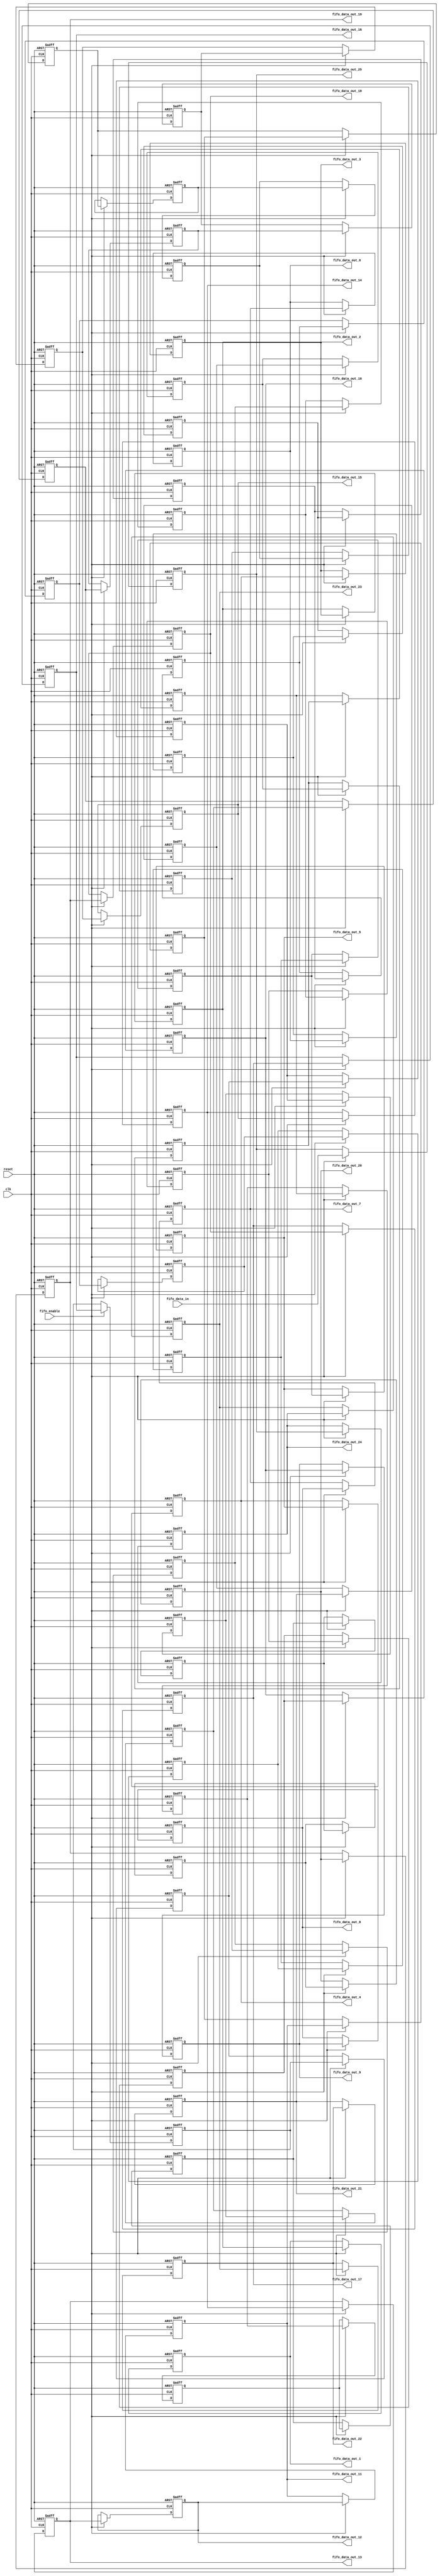
`timescale 1ns / 1ps


module 
 FIFO_25_1_61 #(parameter
///////////advanced parameters//////////
	DATA_WIDTH 					= 32,
///////////architecture parameters//////
	IFM_SIZE 					= 14,
	KERNAL_SIZE 				= 5,
///////////generated parameters/////////
	FIFO_SIZE               	= (KERNAL_SIZE-1)*IFM_SIZE + KERNAL_SIZE            

	)(
	input clk,
	input reset,
	input fifo_enable,
	input [DATA_WIDTH-1:0] fifo_data_in,
	output [DATA_WIDTH-1:0] fifo_data_out_1,
	output [DATA_WIDTH-1:0] fifo_data_out_2,
	output [DATA_WIDTH-1:0] fifo_data_out_3,
	output [DATA_WIDTH-1:0] fifo_data_out_4,
	output [DATA_WIDTH-1:0] fifo_data_out_5,
	output [DATA_WIDTH-1:0] fifo_data_out_6,
	output [DATA_WIDTH-1:0] fifo_data_out_7,
	output [DATA_WIDTH-1:0] fifo_data_out_8,
	output [DATA_WIDTH-1:0] fifo_data_out_9,
	output [DATA_WIDTH-1:0] fifo_data_out_10,
	output [DATA_WIDTH-1:0] fifo_data_out_11,
	output [DATA_WIDTH-1:0] fifo_data_out_12,
	output [DATA_WIDTH-1:0] fifo_data_out_13,
	output [DATA_WIDTH-1:0] fifo_data_out_14,
	output [DATA_WIDTH-1:0] fifo_data_out_15,
	output [DATA_WIDTH-1:0] fifo_data_out_16,
	output [DATA_WIDTH-1:0] fifo_data_out_17,
	output [DATA_WIDTH-1:0] fifo_data_out_18,
	output [DATA_WIDTH-1:0] fifo_data_out_19,
	output [DATA_WIDTH-1:0] fifo_data_out_20,
	output [DATA_WIDTH-1:0] fifo_data_out_21,
	output [DATA_WIDTH-1:0] fifo_data_out_22,
	output [DATA_WIDTH-1:0] fifo_data_out_23,
	output [DATA_WIDTH-1:0] fifo_data_out_24,
	output [DATA_WIDTH-1:0] fifo_data_out_25
	);
	reg	[DATA_WIDTH-1:0] FIFO  [FIFO_SIZE-1:0] ;
	always @ (posedge clk or posedge reset)
    begin
        if(reset)
		begin
			FIFO[0] <= {DATA_WIDTH{1'b0}};
			FIFO[1] <= {DATA_WIDTH{1'b0}};
			FIFO[2] <= {DATA_WIDTH{1'b0}};
			FIFO[3] <= {DATA_WIDTH{1'b0}};
			FIFO[4] <= {DATA_WIDTH{1'b0}};
			FIFO[5] <= {DATA_WIDTH{1'b0}};
			FIFO[6] <= {DATA_WIDTH{1'b0}};
			FIFO[7] <= {DATA_WIDTH{1'b0}};
			FIFO[8] <= {DATA_WIDTH{1'b0}};
			FIFO[9] <= {DATA_WIDTH{1'b0}};
			FIFO[10] <= {DATA_WIDTH{1'b0}};
			FIFO[11] <= {DATA_WIDTH{1'b0}};
			FIFO[12] <= {DATA_WIDTH{1'b0}};
			FIFO[13] <= {DATA_WIDTH{1'b0}};
			FIFO[14] <= {DATA_WIDTH{1'b0}};
			FIFO[15] <= {DATA_WIDTH{1'b0}};
			FIFO[16] <= {DATA_WIDTH{1'b0}};
			FIFO[17] <= {DATA_WIDTH{1'b0}};
			FIFO[18] <= {DATA_WIDTH{1'b0}};
			FIFO[19] <= {DATA_WIDTH{1'b0}};
			FIFO[20] <= {DATA_WIDTH{1'b0}};
			FIFO[21] <= {DATA_WIDTH{1'b0}};
			FIFO[22] <= {DATA_WIDTH{1'b0}};
			FIFO[23] <= {DATA_WIDTH{1'b0}};
			FIFO[24] <= {DATA_WIDTH{1'b0}};
			FIFO[25] <= {DATA_WIDTH{1'b0}};
			FIFO[26] <= {DATA_WIDTH{1'b0}};
			FIFO[27] <= {DATA_WIDTH{1'b0}};
			FIFO[28] <= {DATA_WIDTH{1'b0}};
			FIFO[29] <= {DATA_WIDTH{1'b0}};
			FIFO[30] <= {DATA_WIDTH{1'b0}};
			FIFO[31] <= {DATA_WIDTH{1'b0}};
			FIFO[32] <= {DATA_WIDTH{1'b0}};
			FIFO[33] <= {DATA_WIDTH{1'b0}};
			FIFO[34] <= {DATA_WIDTH{1'b0}};
			FIFO[35] <= {DATA_WIDTH{1'b0}};
			FIFO[36] <= {DATA_WIDTH{1'b0}};
			FIFO[37] <= {DATA_WIDTH{1'b0}};
			FIFO[38] <= {DATA_WIDTH{1'b0}};
			FIFO[39] <= {DATA_WIDTH{1'b0}};
			FIFO[40] <= {DATA_WIDTH{1'b0}};
			FIFO[41] <= {DATA_WIDTH{1'b0}};
			FIFO[42] <= {DATA_WIDTH{1'b0}};
			FIFO[43] <= {DATA_WIDTH{1'b0}};
			FIFO[44] <= {DATA_WIDTH{1'b0}};
			FIFO[45] <= {DATA_WIDTH{1'b0}};
			FIFO[46] <= {DATA_WIDTH{1'b0}};
			FIFO[47] <= {DATA_WIDTH{1'b0}};
			FIFO[48] <= {DATA_WIDTH{1'b0}};
			FIFO[49] <= {DATA_WIDTH{1'b0}};
			FIFO[50] <= {DATA_WIDTH{1'b0}};
			FIFO[51] <= {DATA_WIDTH{1'b0}};
			FIFO[52] <= {DATA_WIDTH{1'b0}};
			FIFO[53] <= {DATA_WIDTH{1'b0}};
			FIFO[54] <= {DATA_WIDTH{1'b0}};
			FIFO[55] <= {DATA_WIDTH{1'b0}};
			FIFO[56] <= {DATA_WIDTH{1'b0}};
			FIFO[57] <= {DATA_WIDTH{1'b0}};
			FIFO[58] <= {DATA_WIDTH{1'b0}};
			FIFO[59] <= {DATA_WIDTH{1'b0}};
			FIFO[60] <= {DATA_WIDTH{1'b0}};
		end
		else if(fifo_enable)
		begin
			FIFO[0] <= fifo_data_in;
			FIFO[1] <= FIFO[0];
			FIFO[2] <= FIFO[1];
			FIFO[3] <= FIFO[2];
			FIFO[4] <= FIFO[3];
			FIFO[5] <= FIFO[4];
			FIFO[6] <= FIFO[5];
			FIFO[7] <= FIFO[6];
			FIFO[8] <= FIFO[7];
			FIFO[9] <= FIFO[8];
			FIFO[10] <= FIFO[9];
			FIFO[11] <= FIFO[10];
			FIFO[12] <= FIFO[11];
			FIFO[13] <= FIFO[12];
			FIFO[14] <= FIFO[13];
			FIFO[15] <= FIFO[14];
			FIFO[16] <= FIFO[15];
			FIFO[17] <= FIFO[16];
			FIFO[18] <= FIFO[17];
			FIFO[19] <= FIFO[18];
			FIFO[20] <= FIFO[19];
			FIFO[21] <= FIFO[20];
			FIFO[22] <= FIFO[21];
			FIFO[23] <= FIFO[22];
			FIFO[24] <= FIFO[23];
			FIFO[25] <= FIFO[24];
			FIFO[26] <= FIFO[25];
			FIFO[27] <= FIFO[26];
			FIFO[28] <= FIFO[27];
			FIFO[29] <= FIFO[28];
			FIFO[30] <= FIFO[29];
			FIFO[31] <= FIFO[30];
			FIFO[32] <= FIFO[31];
			FIFO[33] <= FIFO[32];
			FIFO[34] <= FIFO[33];
			FIFO[35] <= FIFO[34];
			FIFO[36] <= FIFO[35];
			FIFO[37] <= FIFO[36];
			FIFO[38] <= FIFO[37];
			FIFO[39] <= FIFO[38];
			FIFO[40] <= FIFO[39];
			FIFO[41] <= FIFO[40];
			FIFO[42] <= FIFO[41];
			FIFO[43] <= FIFO[42];
			FIFO[44] <= FIFO[43];
			FIFO[45] <= FIFO[44];
			FIFO[46] <= FIFO[45];
			FIFO[47] <= FIFO[46];
			FIFO[48] <= FIFO[47];
			FIFO[49] <= FIFO[48];
			FIFO[50] <= FIFO[49];
			FIFO[51] <= FIFO[50];
			FIFO[52] <= FIFO[51];
			FIFO[53] <= FIFO[52];
			FIFO[54] <= FIFO[53];
			FIFO[55] <= FIFO[54];
			FIFO[56] <= FIFO[55];
			FIFO[57] <= FIFO[56];
			FIFO[58] <= FIFO[57];
			FIFO[59] <= FIFO[58];
			FIFO[60] <= FIFO[59];
		end
	end

	assign    fifo_data_out_1 = FIFO[(KERNAL_SIZE-1)*IFM_SIZE+(KERNAL_SIZE-1)];
	assign    fifo_data_out_2 = FIFO[(KERNAL_SIZE-1)*IFM_SIZE+(KERNAL_SIZE-2)];
	assign    fifo_data_out_3 = FIFO[(KERNAL_SIZE-1)*IFM_SIZE+(KERNAL_SIZE-3)];
	assign    fifo_data_out_4 = FIFO[(KERNAL_SIZE-1)*IFM_SIZE+(KERNAL_SIZE-4)];
	assign    fifo_data_out_5 = FIFO[(KERNAL_SIZE-1)*IFM_SIZE+(KERNAL_SIZE-5)];
	
	assign    fifo_data_out_6 = FIFO[(KERNAL_SIZE-2)*IFM_SIZE+(KERNAL_SIZE-1)];
	assign    fifo_data_out_7 = FIFO[(KERNAL_SIZE-2)*IFM_SIZE+(KERNAL_SIZE-2)];
	assign    fifo_data_out_8 = FIFO[(KERNAL_SIZE-2)*IFM_SIZE+(KERNAL_SIZE-3)];
	assign    fifo_data_out_9 = FIFO[(KERNAL_SIZE-2)*IFM_SIZE+(KERNAL_SIZE-4)];
	assign    fifo_data_out_10 = FIFO[(KERNAL_SIZE-2)*IFM_SIZE+(KERNAL_SIZE-5)];
	
	assign    fifo_data_out_11 = FIFO[(KERNAL_SIZE-3)*IFM_SIZE+(KERNAL_SIZE-1)];
	assign    fifo_data_out_12 = FIFO[(KERNAL_SIZE-3)*IFM_SIZE+(KERNAL_SIZE-2)];
	assign    fifo_data_out_13 = FIFO[(KERNAL_SIZE-3)*IFM_SIZE+(KERNAL_SIZE-3)];
	assign    fifo_data_out_14 = FIFO[(KERNAL_SIZE-3)*IFM_SIZE+(KERNAL_SIZE-4)];
	assign    fifo_data_out_15 = FIFO[(KERNAL_SIZE-3)*IFM_SIZE+(KERNAL_SIZE-5)];
	
	assign    fifo_data_out_16 = FIFO[(KERNAL_SIZE-4)*IFM_SIZE+(KERNAL_SIZE-1)];
	assign    fifo_data_out_17 = FIFO[(KERNAL_SIZE-4)*IFM_SIZE+(KERNAL_SIZE-2)];
	assign    fifo_data_out_18 = FIFO[(KERNAL_SIZE-4)*IFM_SIZE+(KERNAL_SIZE-3)];
	assign    fifo_data_out_19 = FIFO[(KERNAL_SIZE-4)*IFM_SIZE+(KERNAL_SIZE-4)];
	assign    fifo_data_out_20 = FIFO[(KERNAL_SIZE-4)*IFM_SIZE+(KERNAL_SIZE-5)];
	
	assign    fifo_data_out_21 = FIFO[(KERNAL_SIZE-5)*IFM_SIZE+(KERNAL_SIZE-1)];
	assign    fifo_data_out_22 = FIFO[(KERNAL_SIZE-5)*IFM_SIZE+(KERNAL_SIZE-2)];
	assign    fifo_data_out_23 = FIFO[(KERNAL_SIZE-5)*IFM_SIZE+(KERNAL_SIZE-3)];
	assign    fifo_data_out_24 = FIFO[(KERNAL_SIZE-5)*IFM_SIZE+(KERNAL_SIZE-4)];
	assign    fifo_data_out_25 = FIFO[(KERNAL_SIZE-5)*IFM_SIZE+(KERNAL_SIZE-5)];
	
endmodule